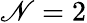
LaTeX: \mathscr{N}=2